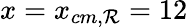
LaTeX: x=x_{cm,\mathcal{R}}=12